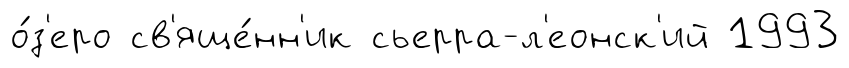
о́з'еро св'яще́нн'ик сьерра-л'еонск'ий 1993